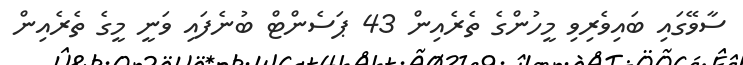
ސާވޭގައި ބައިވެރިވި މީހުންގެ ތެރެއިން 43 ޕަސެންޓް ބުނެފައި ވަނީ މީގެ ތެރެއިން